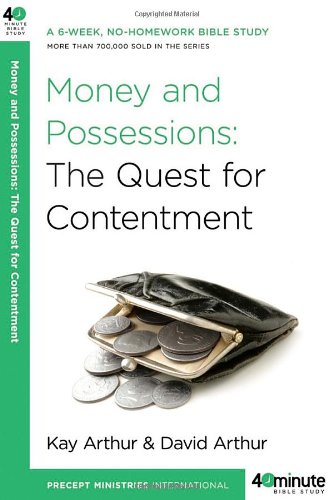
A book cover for Money and Possessions (40-Minute Bible Studies); Kay Arthur; Christian Books & Bibles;